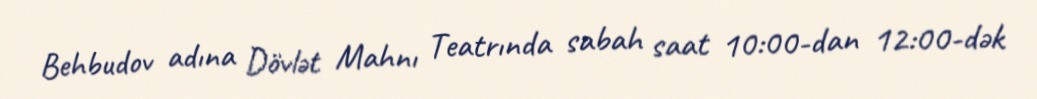
Behbudov adına Dövlət Mahnı Teatrında sabah saat 10:00-dan 12:00-dək